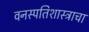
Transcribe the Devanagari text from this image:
वनस्पतिशास्त्राचा